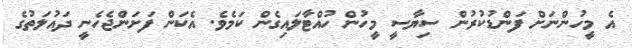
އެ މީހުންނަށް ފަންޑުކުރުން ސިޔާސީ މީހުން ހުއްޓާލައިގެން ކަމެވެ. އެކަން ފަށަންޖެހެނީ ދައުލަތުގެ